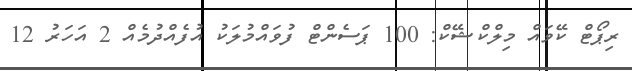
ރިޕޯޓް ކޭވައް މިލްކްޝޭކް: 100 ޕަސެންޓް ފުވައްމުލަކު އުފެއްދުމެއް 2 އަހަރު 12